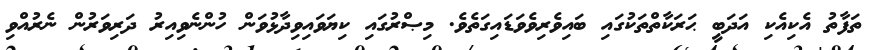
ތަފާތު އެކިއެކި އަދަބީ ޙަރަކާތްތަކުގައި ބައިވެރިވެވަޑައިގަތެވެ. މިޞްރުގައި ކިޔަވައިވިދާޅުވަން ހުންނެވިއިރު ދަރިވަރުން ނެރުއްވި